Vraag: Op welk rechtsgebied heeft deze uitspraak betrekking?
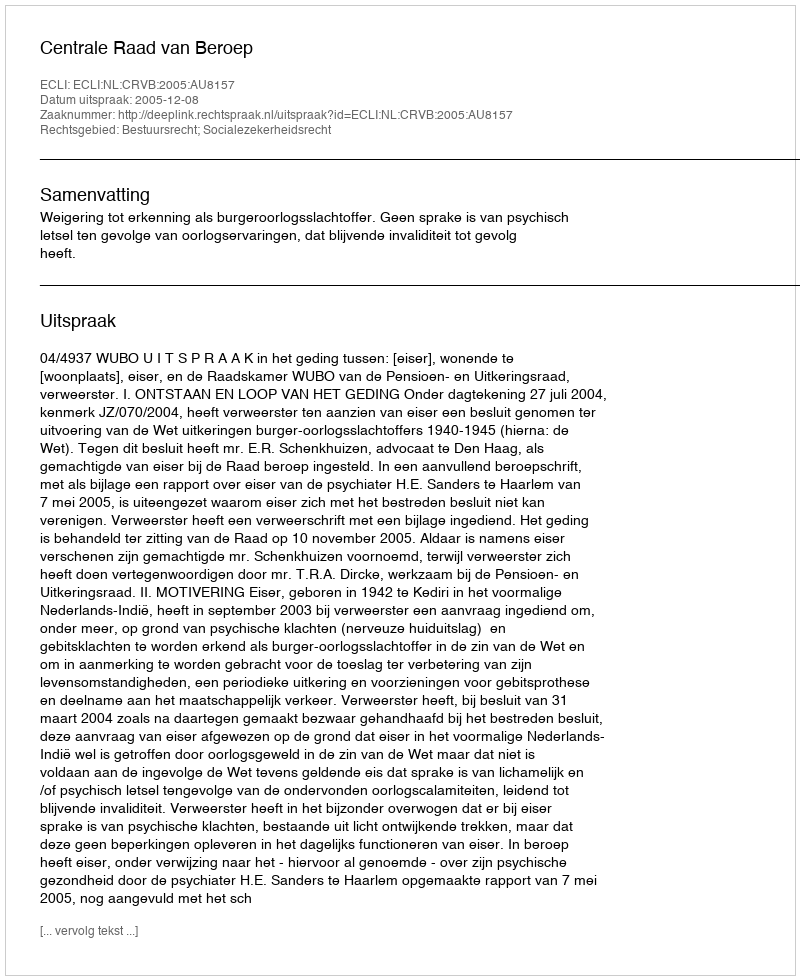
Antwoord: Bestuursrecht; Socialezekerheidsrecht